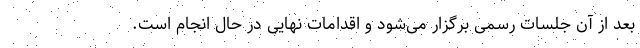
بعد از آن جلسات رسمی برگزار می‌شود و اقدامات نهایی در حال انجام است.